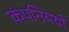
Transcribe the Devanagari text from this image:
कंपनिययों